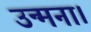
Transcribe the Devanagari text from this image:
उन्मना।